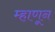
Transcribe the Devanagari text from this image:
म्हाणून